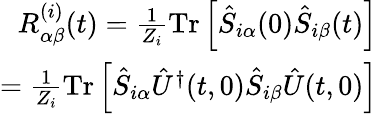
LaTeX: \begin{array}{r}{R_{\alpha\beta}^{(i)}(t)=\frac{1}{Z_{i}}\mathrm{Tr}\left[\hat{S}_{i\alpha}(0)\hat{S}_{i\beta}(t)\right]}\\ {=\frac{1}{Z_{i}}\mathrm{Tr}\left[\hat{S}_{i\alpha}\hat{U}^{\dagger}(t,0)\hat{S}_{i\beta}\hat{U}(t,0)\right]}\end{array}